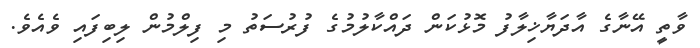
ވާތީ އޭނާގެ އާދަޔާޚިލާފު މޮޅުކަން ދައްކާލުމުގެ ފުރުސަތު މި ފިލްމުން ލިބިފައި ވެއެވެ.